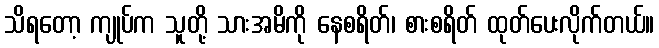
သိရတော့ ကျုပ်က သူတို့ သားအမိကို နေစရိတ်၊ စားစရိတ် ထုတ်ပေးလိုက်တယ်။